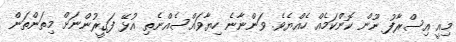
މިއީ އިސްރާފު ނޫން ކޮންކަމެއް ހެއްޔެވެ. ވަންނާނެ ހިޔާވައްސެއްނެތި އުޅޭ ފަގީރުންނަށް މިތަންތަން